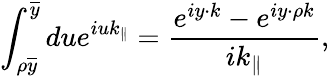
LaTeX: \int_{\rho\overline{{{y}}}}^{\overline{{{y}}}}due^{iuk_{\parallel}}=\frac{e^{iy\cdot k}-e^{iy\cdot\rho k}}{ik_{\parallel}},